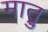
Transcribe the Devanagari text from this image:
मात्रु